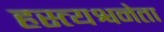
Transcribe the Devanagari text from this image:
हस्त्यश्वनेता